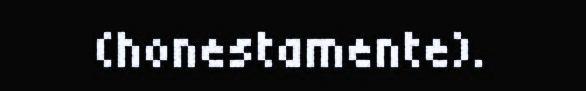
(honestamente).